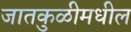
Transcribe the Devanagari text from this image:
जातकुळीमधील